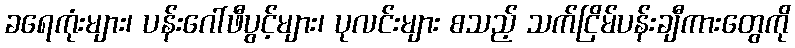
ခရေကုံးများ၊ ပန်းဂေါ်ဖီပွင့်များ၊ ပုလင်းများ စသည့် သက်ငြိမ်ပန်းချီကားတွေကို